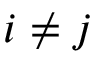
i \neq j